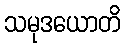
သမုဒယောတိ